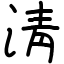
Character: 淸